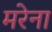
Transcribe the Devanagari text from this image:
मरेना